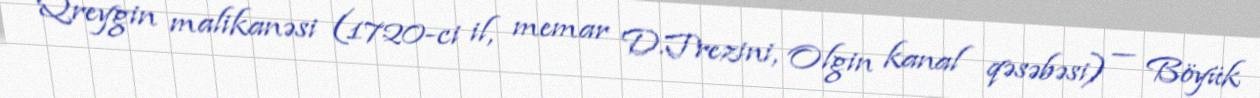
Qreygin malikanəsi (1720-ci il, memar D.Trezini, Olgin kanal qəsəbəsi) — Böyük